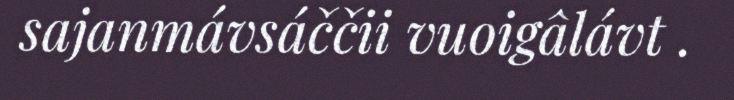
sajanmávsáččii vuoigâlávt .